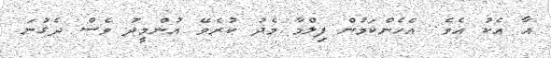
އާ އެކު އެވެ. އެހެންކަމުން ފިލްމާ މެދު ކުރެވޭ އުންމީދު ވެސް ދެގުނަ